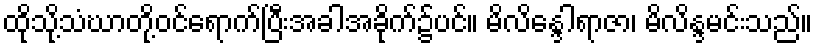
ထိုသို့သံဃာတို့ဝင်ရောက်ပြီးအခါအခိုက်၌ပင်။ မိလိန္ဒေါရာဇာ၊ မိလိန္ဒမင်းသည်။